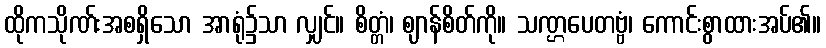
ထိုကသိုဏ်းအစရှိသော အာရုံ၌သာ လျှင်။ စိတ္တံ၊ ဈာန်စိတ်ကို။ သဏ္ဌပေတဗ္ဗံ၊ ကောင်းစွာထားအပ်၏။